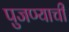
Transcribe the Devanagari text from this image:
पुजण्याची